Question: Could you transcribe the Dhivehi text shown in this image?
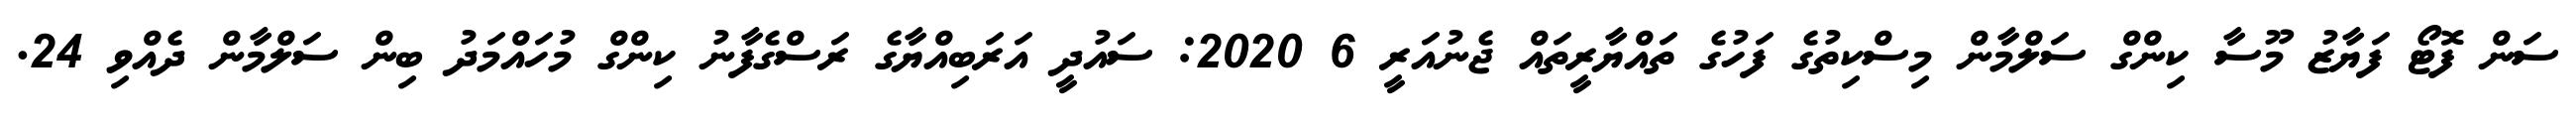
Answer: ސަން ފޮޓޯ ފަޔާޒު މޫސާ ކިންގް ސަލްމާން މިސްކިތުގެ ފަހުގެ ތައްޔާރީތައް ޖެނުއަރީ 6 2020: ސައުދީ އަރަބިއްޔާގެ ރަސްގެފާނު ކިންގް މުހައްމަދު ބިން ސަލްމާން ދެއްވި 24.